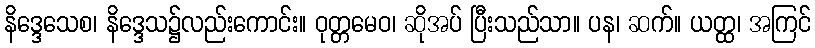
နိဒ္ဒေသေစ၊ နိဒ္ဒေသ၌လည်းကောင်း။ ဝုတ္တမေဝ၊ ဆိုအပ် ပြီးသည်သာ။ ပန၊ ဆက်။ ယတ္ထ၊ အကြင်